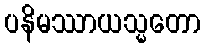
ပနိမဿာယသ္မတော